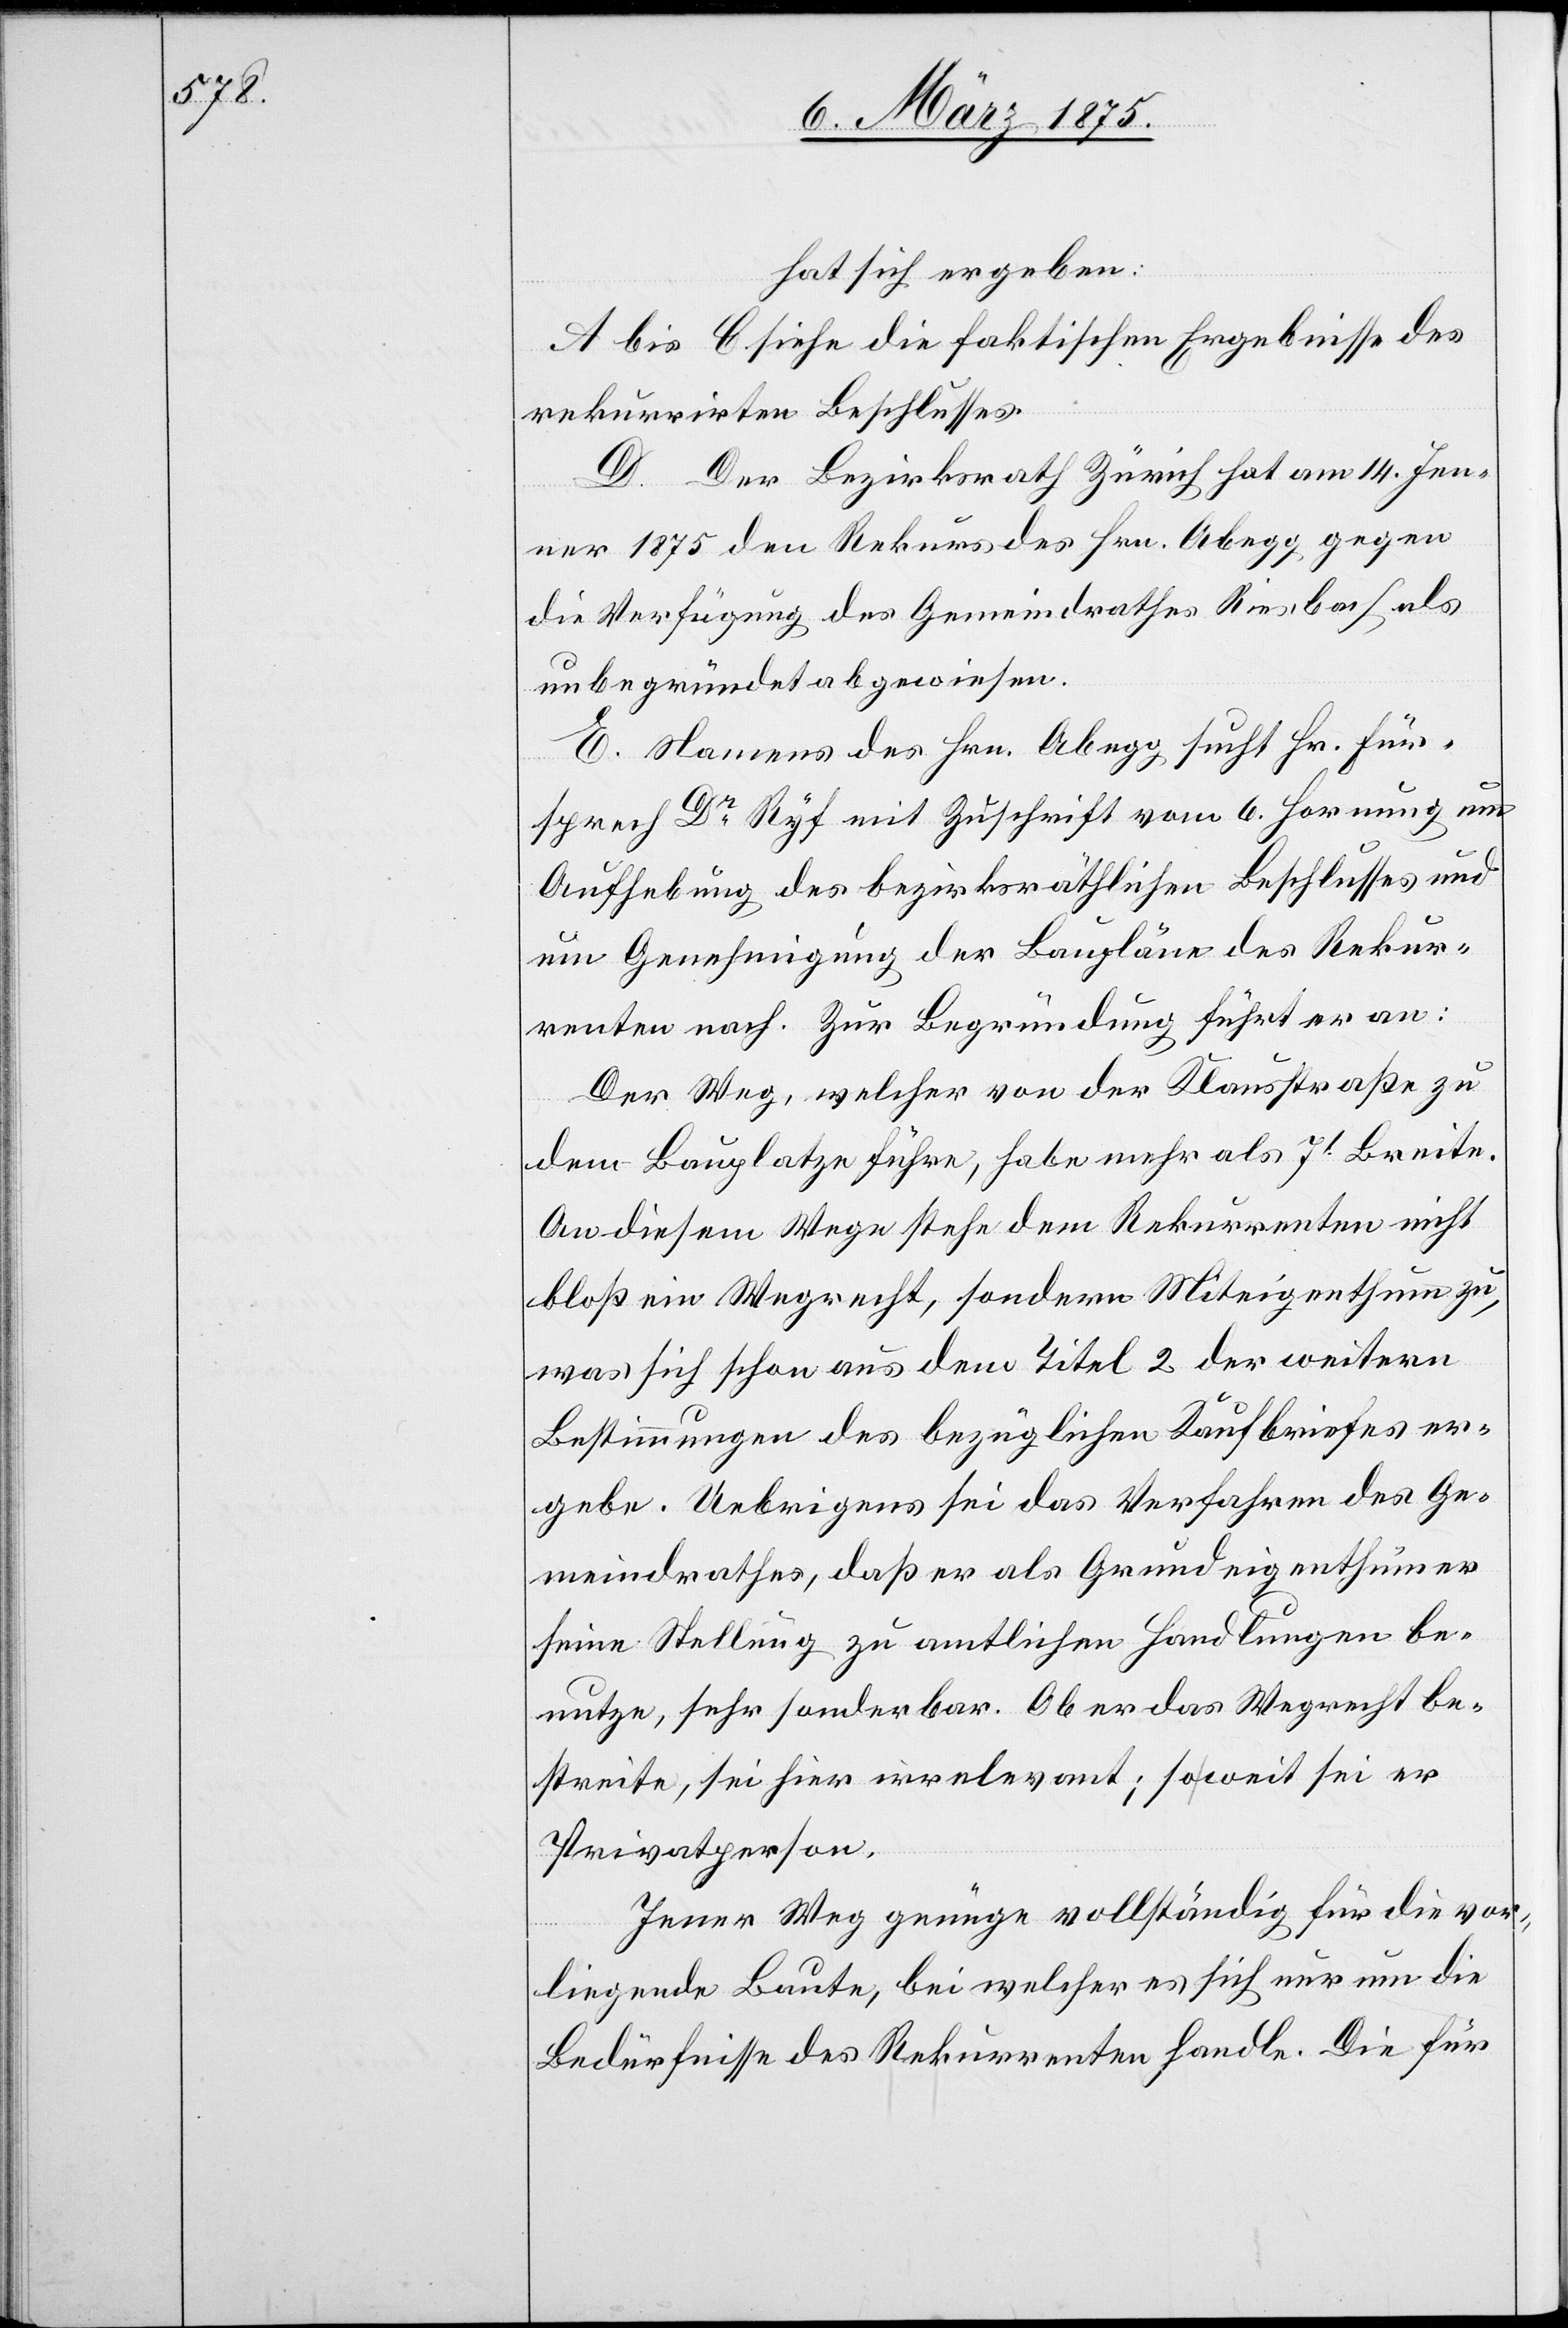
hat sich ergeben:
A bis C siehe die faktischen Ergebnisse des
rekurrirten Beschlusses.
D. Der Bezirksrath Zürich hat am 14. Jen¬
ner 1875 den Rekurs des Hrn. Abegg gegen
die Verfügung des Gemeindrathes Riesbach als
unbegründet abgewiesen.
E. Namens des Hrn. Abegg sucht Hr. Für¬
sprech Dr Ryf mit Zuschrift vom 6. Hornung um
Aufhebung des bezirksräthlichen Beschlusses und
um Genehmigung der Baupläne des Rekur¬
renten nach. Zur Begründung führt er an:
Der Weg, welcher von der Klausstraße zu
dem Bauplatze führe, habe mehr als 7‘ Breite.
An diesem Wege stehe dem Rekurrenten nicht
bloß ein Wegrecht, sondern Miteigenthum zu,
was sich schon aus dem Titel 2 der weitern
Bestimmungen des bezüglichen Kaufbriefes er¬
gebe. Uebrigens sei das Verfahren des Ge¬
meindrathes, daß er als Grundeigenthümer
seine Stellung zu amtlichen Handlungen be¬
nutze, sehr sonderbar. Ob er das Wegrecht be¬
streite, sei hier irrelevant; soweit sei er
Privatperson.
Jener Weg genüge vollständig für die vor¬
liegende Baute, bei welcher es sich nur um die
Bedürfnisse des Rekurrenten handle. Die für